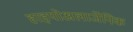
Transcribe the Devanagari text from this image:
हाइपोअलार्जेनिक